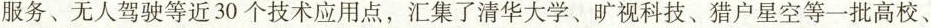
服务、无人驾驶等近30个技术应用点，汇集了清华大学、旷视科技、猎户星空等一批高校、